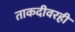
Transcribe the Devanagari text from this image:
ताकदीवरही